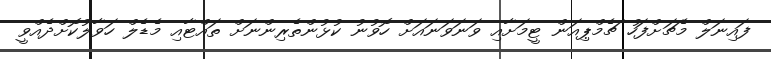
ފައިނަލް މެޗަށްފަހު ޗެމްޕިއަން ޓީމަށާއި ވަނަވަނައަށް ހޮވުނު ކުޅުންތެރިންނަށް ތައްޓާއި މެޑެލް ހަވާލުކޮށްދެއްވީ